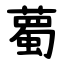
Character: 薥